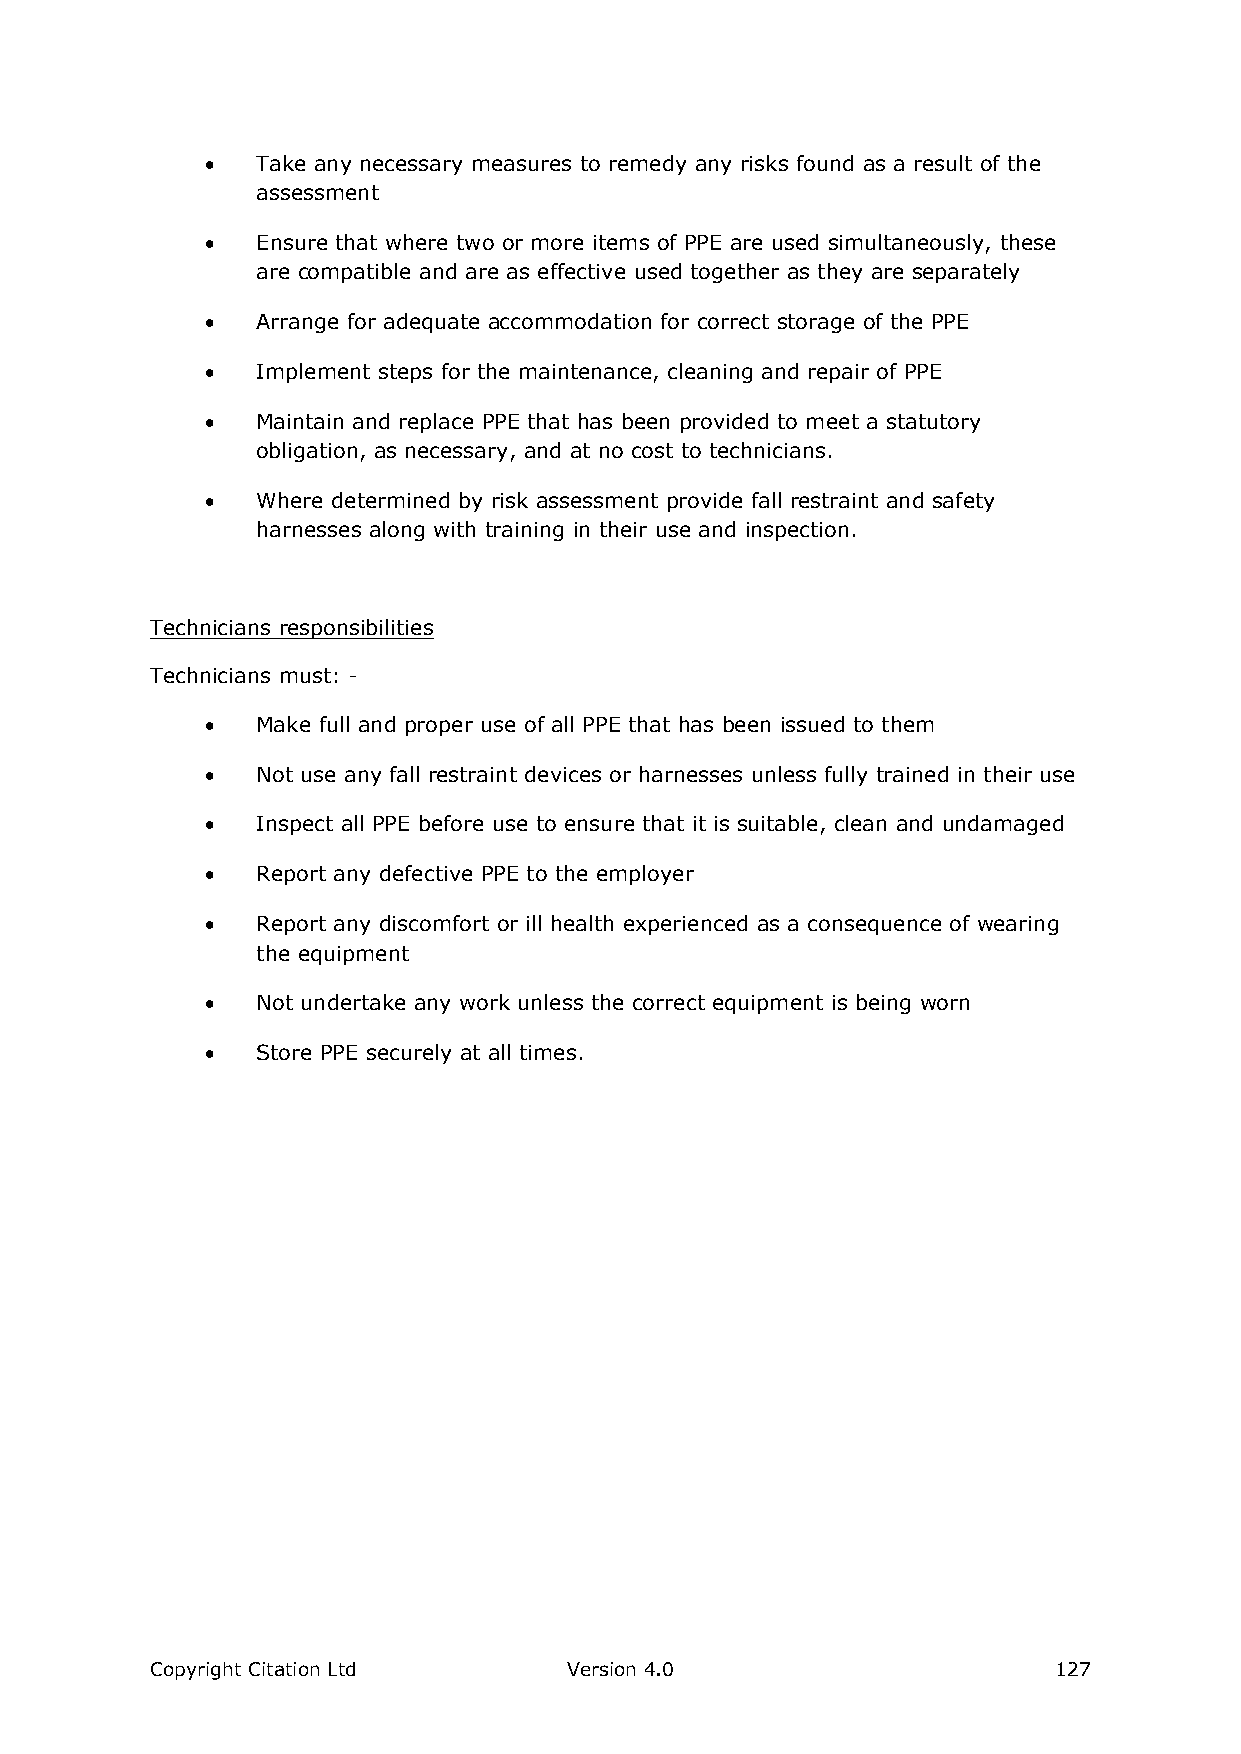
  Take any necessary measures to remedy any risks found as a result of the
 assessment
   Ensure that where two or more items of PPE are used simultaneously, these
 are compatible and are as effective used together as they are separately
   Arrange for adequate accommodation for correct storage of the PPE
   Implement steps for the maintenance, cleaning and repair of PPE
   Maintain and replace PPE that has been provided to meet a statutory
 obligation, as necessary, and at no cost to technicians.
   Where determined by risk assessment provide fall restraint and safety
 harnesses along with training in their use and inspection.
 Technicians responsibilities
 Technicians must: -
   Make full and proper use of all PPE that has been issued to them
   Not use any fall restraint devices or harnesses unless fully trained in their use
   Inspect all PPE before use to ensure that it is suitable, clean and undamaged
   Report any defective PPE to the employer
   Report any discomfort or ill health experienced as a consequence of wearing
 the equipment
   Not undertake any work unless the correct equipment is being worn
   Store PPE securely at all times.
 Copyright Citation Ltd      Version 4.0                     127